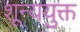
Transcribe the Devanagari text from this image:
शून्ययुक्त